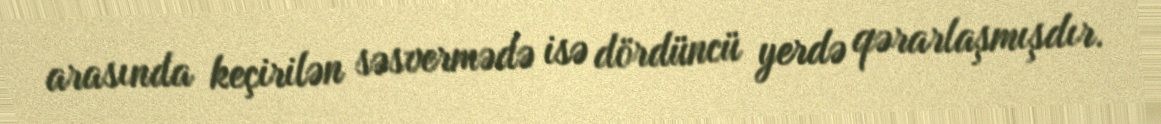
arasında keçirilən səsvermədə isə dördüncü yerdə qərarlaşmışdır.